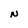
Character: N